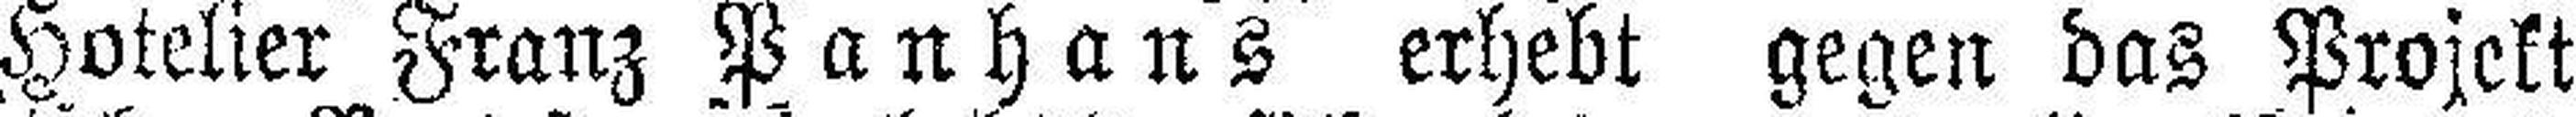
Hotelier Franz Panhans erhebt gegen das Projekt